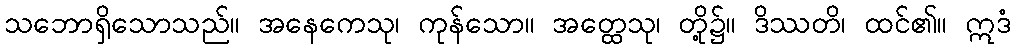
သဘောရှိသောသည်။ အနေကေသု၊ ကုန်သော။ အတ္ထေသု၊ တို့၌။ ဒိဿတိ၊ ထင်၏။ ဣဒံ